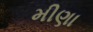
મીણા